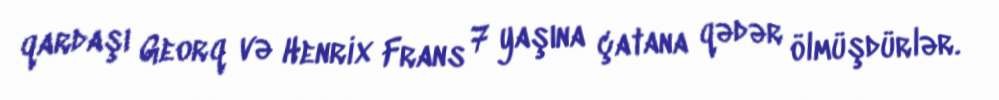
qardaşı Georq və Henrix Frans 7 yaşına çatana qədər ölmüşdürlər.